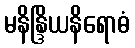
မနိန္ဒြိယနိရောဓံ